Document type: Sale
Year: 1423
Scribe: Joan Franc
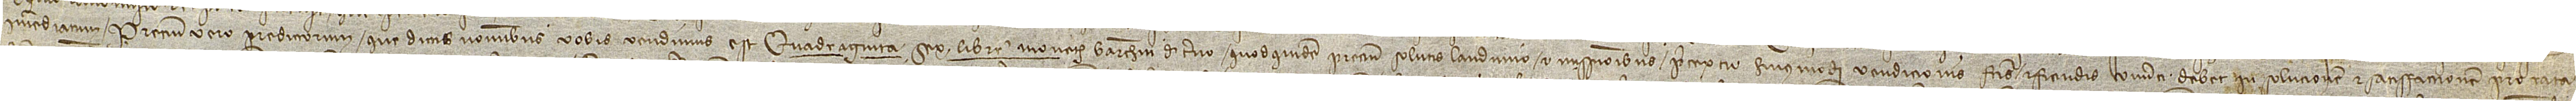
immediatum. Precium vero predictorum que dictis nominibus vobis vendimus est quadraginta sex libre  monete Barchinone de terno. Quodquidem precium solutis laudimio et missionibus pretextu huiusmodi vendicionis factis et fiendis converti debet in solucionem et satisfaccionem pro rata